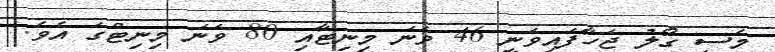
މެސީ ގޯލު ޖަހާފައިވަނީ 46 ވަނަ މިނިޓާއި 80 ވަނަ މިނިޓްގަ އެވެ.